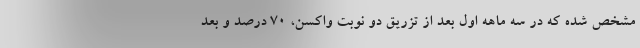
مشخص شده که در سه ماهه اول بعد از تزریق دو نوبت واکسن، 70 درصد و بعد